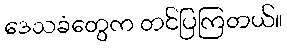
ဒေသခံတွေက တင်ပြကြတယ်။